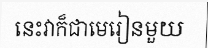
នេះវាក៏ជាមេរៀនមួយ